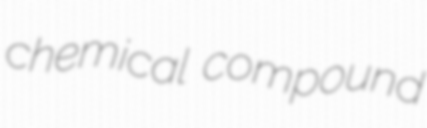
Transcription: chemical compound